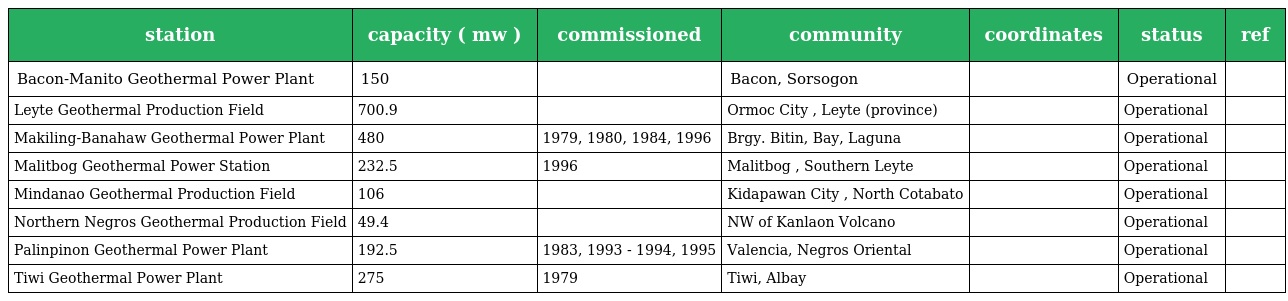
| station | capacity ( mw ) | commissioned | community | coordinates | status | ref |
 | --- | --- | --- | --- | --- | --- | --- |
 | Bacon-Manito Geothermal Power Plant | 150 |  | Bacon, Sorsogon |  | Operational |  |
 | Leyte Geothermal Production Field | 700.9 |  | Ormoc City , Leyte (province) |  | Operational |  |
 | Makiling-Banahaw Geothermal Power Plant | 480 | 1979, 1980, 1984, 1996 | Brgy. Bitin, Bay, Laguna |  | Operational |  |
 | Malitbog Geothermal Power Station | 232.5 | 1996 | Malitbog , Southern Leyte |  | Operational |  |
 | Mindanao Geothermal Production Field | 106 |  | Kidapawan City , North Cotabato |  | Operational |  |
 | Northern Negros Geothermal Production Field | 49.4 |  | NW of Kanlaon Volcano |  | Operational |  |
 | Palinpinon Geothermal Power Plant | 192.5 | 1983, 1993 - 1994, 1995 | Valencia, Negros Oriental |  | Operational |  |
 | Tiwi Geothermal Power Plant | 275 | 1979 | Tiwi, Albay |  | Operational |  |